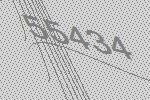
55434